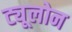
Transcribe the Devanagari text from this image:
ट्यूलोन